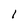
Character: l